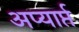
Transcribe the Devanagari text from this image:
अप्यार्प्त